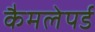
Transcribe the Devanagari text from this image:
कैमलेपर्ड